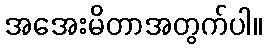
အအေးမိတာအတွက်ပါ။